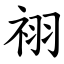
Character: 祤